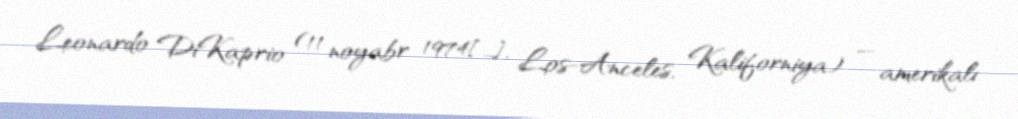
Leonardo DiKaprio (11 noyabr 1974[…], Los-Anceles, Kaliforniya) — amerikalı